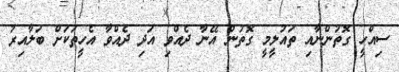
ސިއްހީ ގޮތުންނާއި ތައުލީމީ ގޮތުން އޭނާ ދެއްވި އަދި ދެއްވާ އެހީތަކަށް ބަލާއިރު